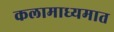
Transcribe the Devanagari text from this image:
कलामाध्यमात